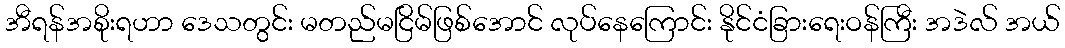
အီရန်အစိုးရဟာ ဒေသတွင်း မတည်မငြိမ်ဖြစ်အောင် လုပ်နေကြောင်း နိုင်ငံခြားရေးဝန်ကြီး အဒဲလ် အယ်